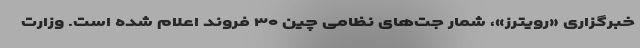
خبرگزاری «رویترز»، شمار جت‌های نظامی چین ۳۰ فروند اعلام شده است. وزارت